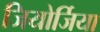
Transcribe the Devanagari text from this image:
जियोर्जिया